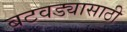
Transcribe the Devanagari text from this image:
बटवड्यासाठी